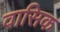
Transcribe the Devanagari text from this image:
वासिक